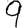
Digit: 9